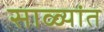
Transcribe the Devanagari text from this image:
साळ्यांत